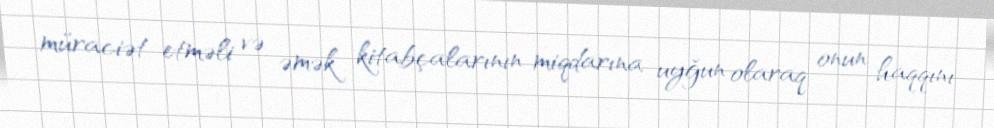
müraciət etməli və əmək kitabçalarının miqdarına uyğun olaraq onun haqqını